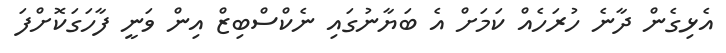
އެޅިގެން ދާނެ ހުރަހެއް ކަމަށް އެ ބަޔާނުގައި ނެކްސްބިޒް އިން ވަނީ ފާހަގަކޮށްފަ